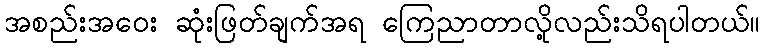
အစည်းအဝေး ဆုံးဖြတ်ချက်အရ ကြေညာတာလို့လည်းသိရပါတယ်။